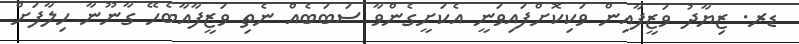
ޑރ. ޒިޔާދު ވަޒީފާއިން ވަކިކޮށްފައިވަނީ އެކަށީގެންވާ ސަބަބެއް ނެތި ވަޒީފާއާބެހޭ ގާނޫނާ ހިލާފަށް